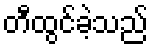
တီထွင်ခဲ့သည်